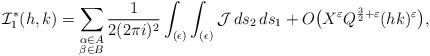
LaTeX: \begin{align*}\mathcal{I}_1^*(h,k) = \sum_{\substack{\alpha\in A \\ \beta\in B}} \frac{1}{2(2\pi i )^2} \int_{(\epsilon)} \int_{(\epsilon)} \mathcal{J} \,ds_2\,ds_1 + O\big( X^{\varepsilon} Q^{\frac{3}{2}+\varepsilon} (hk)^{\varepsilon}\big),\end{align*}